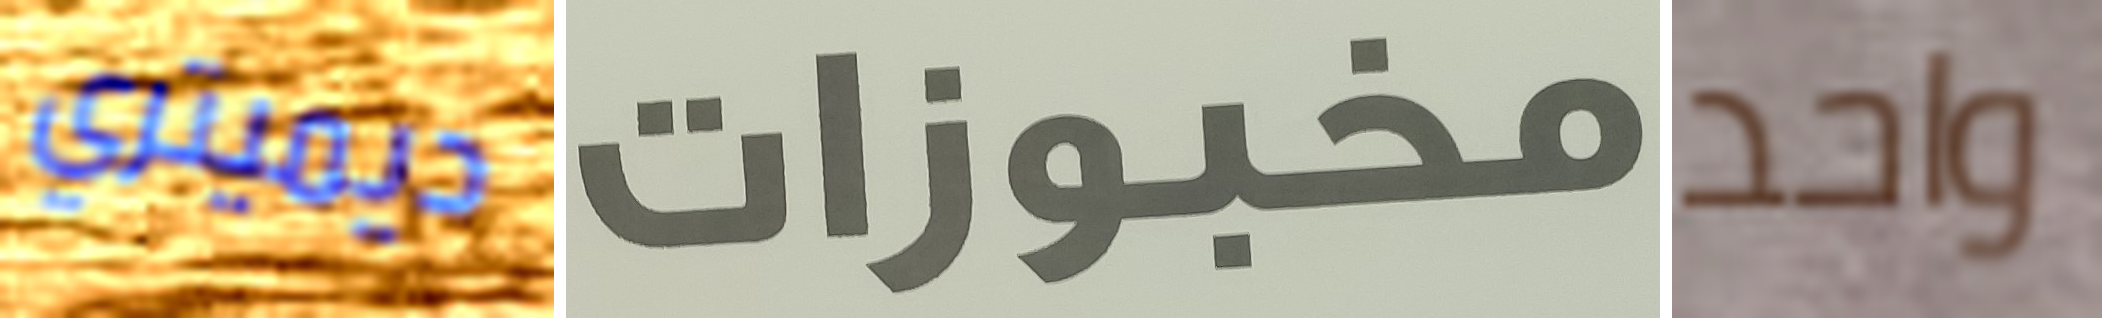
ديميتري مخبوزات واحد